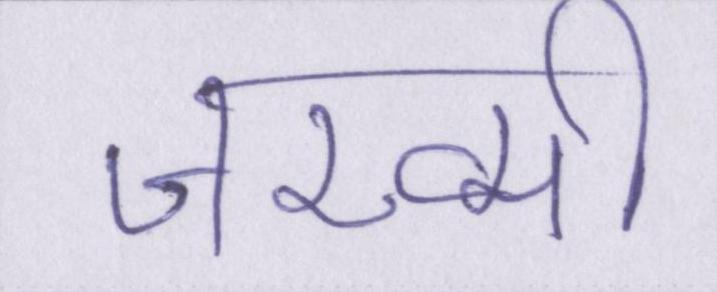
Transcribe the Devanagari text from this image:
जख्मी